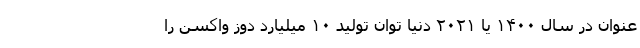
عنوان در سال ۱۴۰۰ یا ۲۰۲۱ دنیا توان تولید ۱۰ میلیارد دوز واکسن را